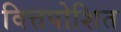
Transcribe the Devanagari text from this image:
वित्तपोशित